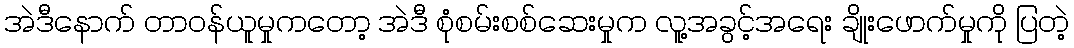
အဲဒီနောက် တာဝန်ယူမှုကတော့ အဲဒီ စုံစမ်းစစ်ဆေးမှုက လူ့အခွင့်အရေး ချိုးဖောက်မှုကို ပြတဲ့